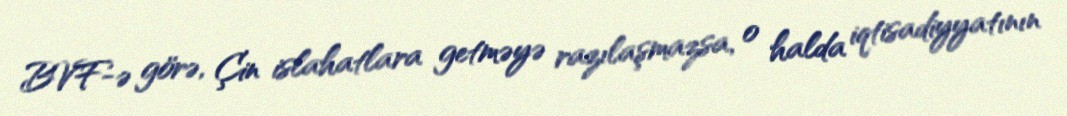
BVF-ə görə, Çin islahatlara getməyə razılaşmazsa, o halda iqtisadiyyatının